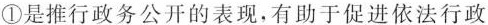
①是推行政务公开的表现，有助于促进依法行政